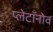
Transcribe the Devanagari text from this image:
प्लेटॉनोव